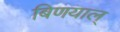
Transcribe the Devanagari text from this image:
बिणयाल्